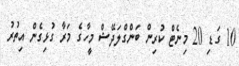
10 ގަޑި 20 މިނެޓް ކުރިން ބަންގްލަދޭޝް މީހާގެ މަރާ ގުޅިގެން އިތުރު